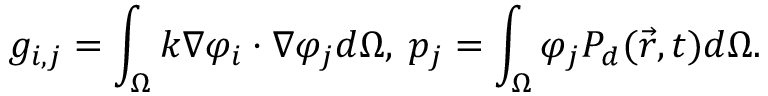
g _ { i , j } = \int _ { \Omega } k \nabla \varphi _ { i } \cdot \nabla \varphi _ { j } d \Omega , \: p _ { j } = \int _ { \Omega } \varphi _ { j } P _ { d } ( \vec { r } , t ) d \Omega .